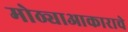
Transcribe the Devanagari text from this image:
मोठ्याआकाराचे